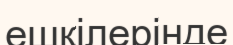
ешкілерінде